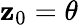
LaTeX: \mathbf{z}_{0}=\theta